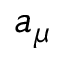
a _ { \mu }